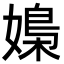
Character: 𡠿